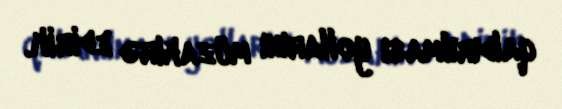
qaldırılması yollarını müzakirə edirik.